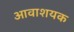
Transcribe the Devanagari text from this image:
आवाशयक